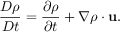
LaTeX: { \frac { D \rho } { D t } } = { \frac { \partial \rho } { \partial t } } + { \nabla \rho \cdot \mathbf { u } } .